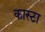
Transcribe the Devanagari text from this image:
कास्टा